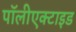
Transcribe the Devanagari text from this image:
पॉलीएक्टाइड